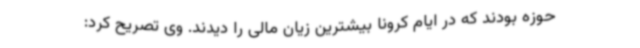
حوزه بودند که در ایام کرونا بیشترین زیان مالی را دیدند. وی تصریح کرد: